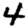
Digit: 4